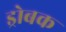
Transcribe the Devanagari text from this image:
ड्रोबक